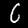
Label: 6